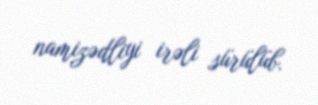
namizədliyi irəli sürülüb.